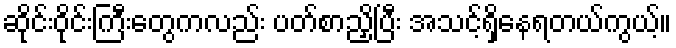
ဆိုင်းဝိုင်းကြီးတွေကလည်း ပတ်စာညှိပြီး အသင့်ရှိနေရတယ်ကွယ့်။